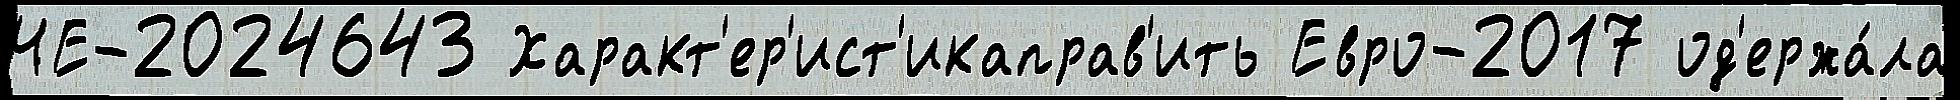
ЧЕ-2024643 Характ'ер'ист'икаправ'ить Евро-2017 од'ержа́ла